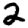
Digit: 2